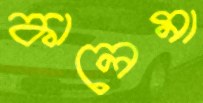
কালেমা